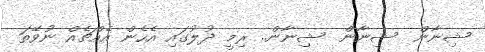
ޝިނާން  ޝިނާން  ޝިނާން.. ރިމީ ދުލުގައި އެހެން އެއްޗެއް ނުވޭތަ